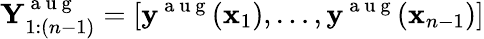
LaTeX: \mathbf{Y}_{1:(n-1)}^{\mathrm{~a~u~g~}}=[\mathbf{y}^{\mathrm{~a~u~g~}}(\mathbf{x}_{1}),\dots,\mathbf{y}^{\mathrm{~a~u~g~}}(\mathbf{x}_{n-1})]